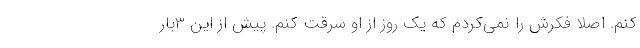
کنم. اصلا فکرش را نمی‌کردم که یک روز از او سرقت کنم. پیش از این 3بار